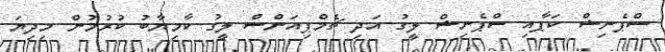
ސްޕެނިޝް ކަޕާއި ސްޕެނިޝް ލީގު އަދި ޗެމްޕިއަންސް ލީގު ކާމިޔާބު ކުރުމުން މިދިޔަ